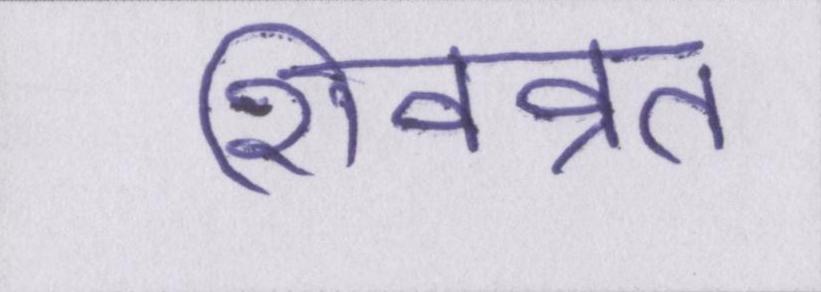
शिवव्रत